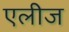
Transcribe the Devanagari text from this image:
एलीज